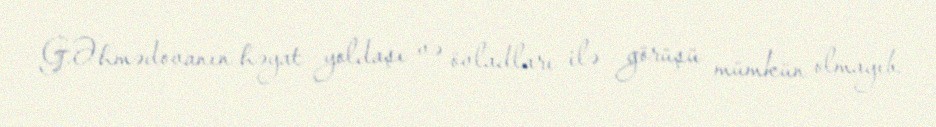
G.Əhmədovanın həyat yoldaşı və övladları ilə görüşü mümkün olmayıb.